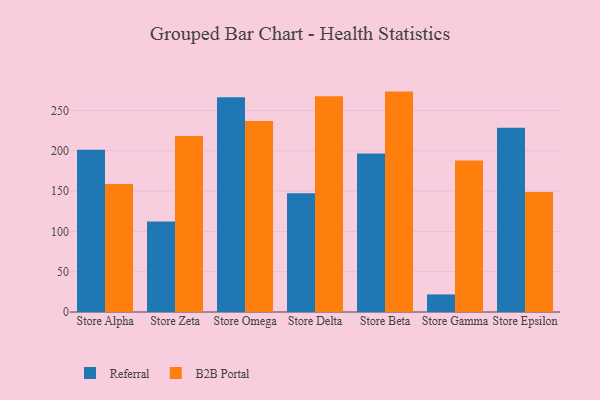
{"axis": {"x": "Store", "y": "Conversion Rate (%)"}, "legend": ["B2B Portal", "Referral"], "data": [{"x": "Store Alpha", "y": 201.2, "type": "Referral"}, {"x": "Store Alpha", "y": 158.8, "type": "B2B Portal"}, {"x": "Store Zeta", "y": 112.4, "type": "Referral"}, {"x": "Store Zeta", "y": 218.2, "type": "B2B Portal"}, {"x": "Store Omega", "y": 266.5, "type": "Referral"}, {"x": "Store Omega", "y": 236.9, "type": "B2B Portal"}, {"x": "Store Delta", "y": 147.3, "type": "Referral"}, {"x": "Store Delta", "y": 267.6, "type": "B2B Portal"}, {"x": "Store Beta", "y": 196.7, "type": "Referral"}, {"x": "Store Beta", "y": 273.4, "type": "B2B Portal"}, {"x": "Store Gamma", "y": 21.8, "type": "Referral"}, {"x": "Store Gamma", "y": 187.8, "type": "B2B Portal"}, {"x": "Store Epsilon", "y": 228.6, "type": "Referral"}, {"x": "Store Epsilon", "y": 148.9, "type": "B2B Portal"}]}